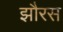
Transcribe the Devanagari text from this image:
झौरस